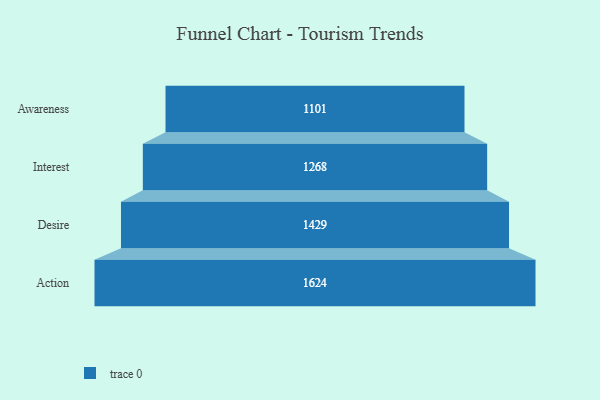
{"axis": {"x": "Stage", "y": "Value"}, "legend": [""], "data": [{"x": "Awareness", "y": 1101.0, "type": ""}, {"x": "Interest", "y": 1268.0, "type": ""}, {"x": "Desire", "y": 1429.0, "type": ""}, {"x": "Action", "y": 1624.0, "type": ""}]}